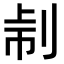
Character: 𠜔